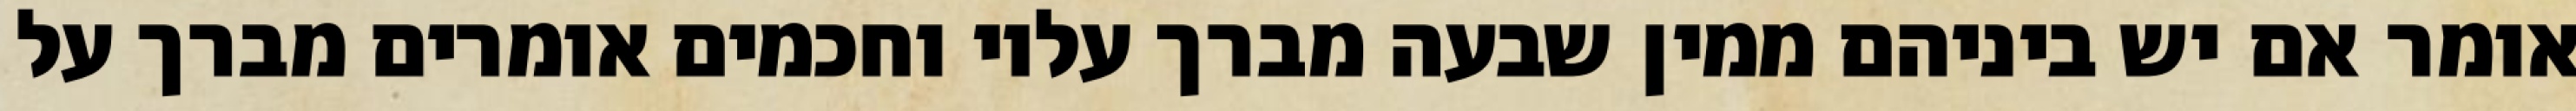
אומר אם יש ביניהם ממין שבעה מברך עליו וחכמים אומרים מברך על